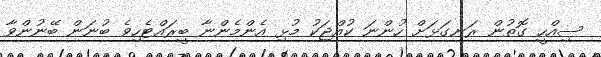
ސިއްހީ ގޮތުން ރަނގަޅަށް ހުންނަ ކުއްޖަކު މުޅި އެންމެންނާ ބީރައްޓެހިވެ ބުނަން ބޭނުންވާ